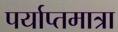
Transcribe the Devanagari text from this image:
पर्याप्तमात्रा